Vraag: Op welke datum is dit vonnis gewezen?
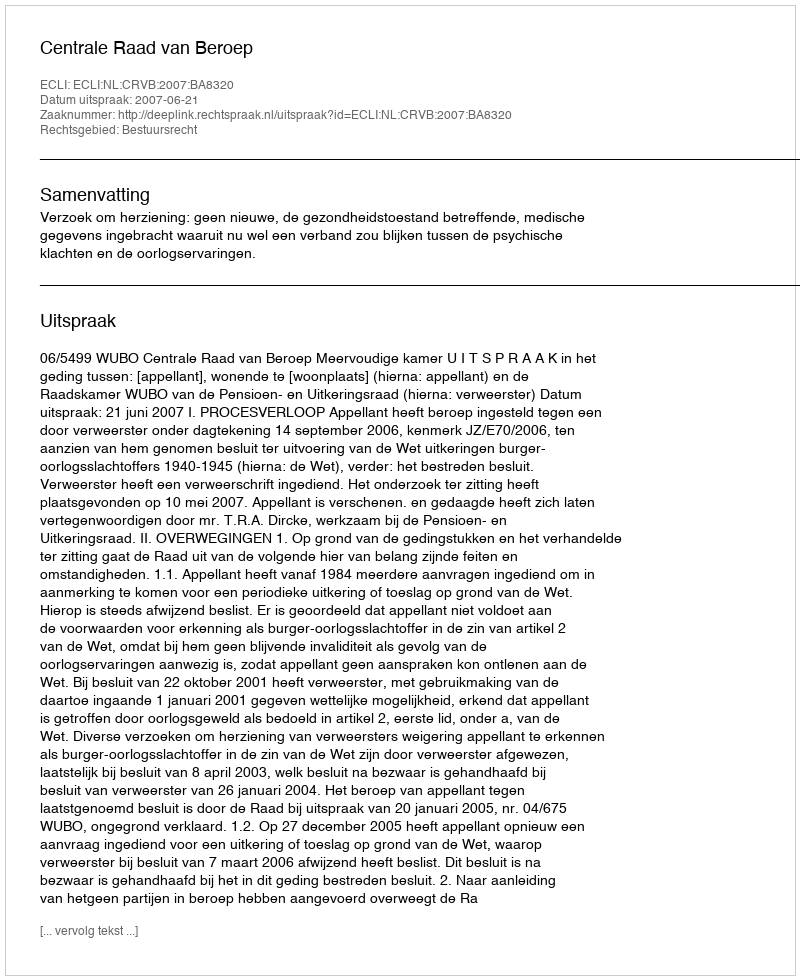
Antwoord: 2007-06-21